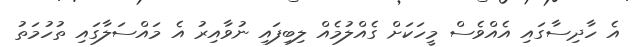
އެ ހާދިސާގައި އެއްވެސް މީހަކަށް ގެއްލުމެއް ލިބިފައި ނުވާއިރު އެ މައްސަލާގައި ތުހުމަތު